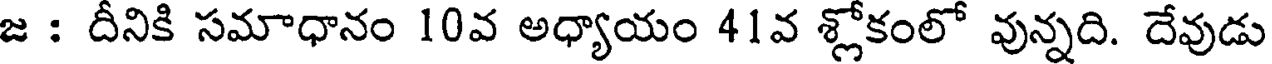
జ : దీనికి సమాధానం 10వ అధ్యాయం 41వ శ్లోకంలో వున్నది. దేవుడు